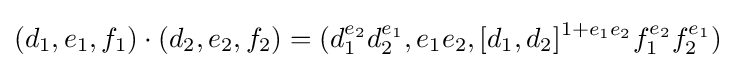
(d_{1},e_{1},f_{1})\cdot (d_{2},e_{2},f_{2})=(d_{1}^{e_{2}}d_{2}^{e_{1}},e_{1}e_{2},[d_{1},d_{2}]^{1+e_{1}e_{2}}f_{1}^{e_{2}}f_{2}^{e_{1}})